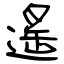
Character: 遙